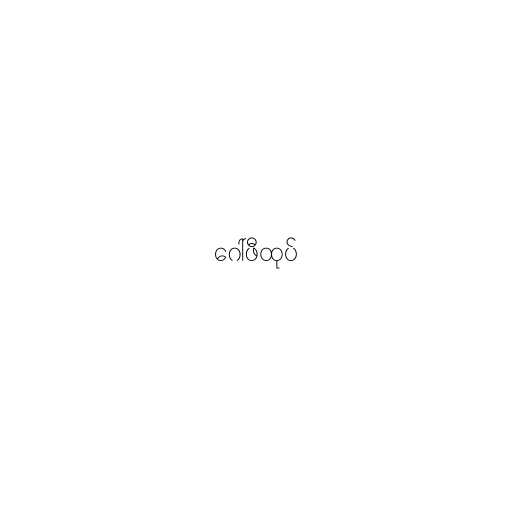
ဂေါ်ဖီထုပ်